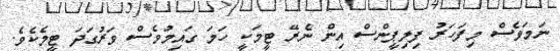
ނަމަވެސް މިފަހަރު ފިލިޕީންސް އިން ނެރޭ ޓީމަކީ ހަމަ ގައިމުވެސް ވަރުގަދަ ޓީމެކެވެ.